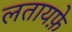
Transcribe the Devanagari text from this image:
लतायफ़े